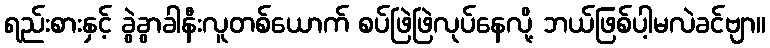
ရည်းစားနှင့် ခွဲခွာခါနီးလူတစ်ယောက် စပ်ဖြဲဖြဲလုပ်နေလို့ ဘယ်ဖြစ်ပါ့မလဲခင်ဗျာ။